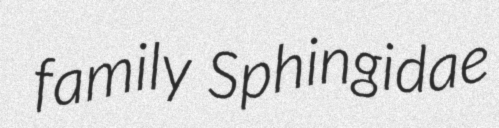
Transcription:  family Sphingidae